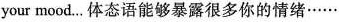
your mood…体态语能够暴露很多你的情绪……